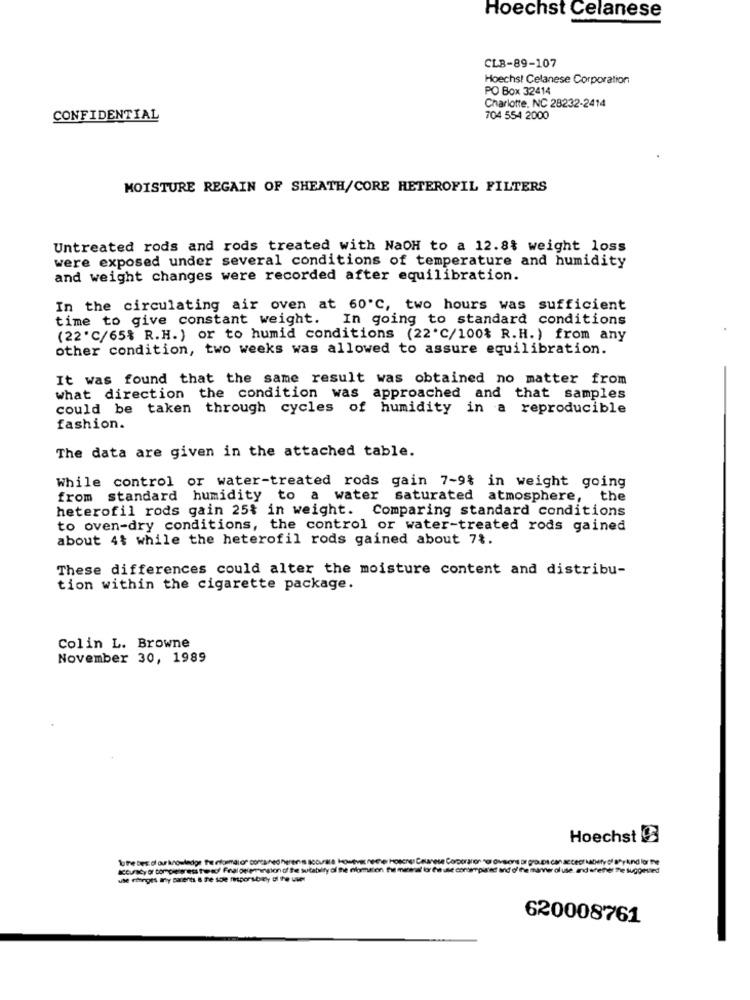
Hoechst Celanese
CLB-89-107
Hoechs! Celanese Corporation
PO Box 32414
Charlotte, NC 28232-2414
CONFIDENTIAL
704 554 2000
MOISTURE REGAIN OF SHEATH/CORE HETEROFIL FILTERS
Untreated rods and rods treated with NaOH to a 12.8% weight loss
were exposed under several conditions of temperature and humidity
and weight changes were recorded after equilibration.
In the circulating air oven at 60'℃, two hours was sufficient
time to give constant weight. In going to standard conditions
(22'℃/65% R.H.) or to humid conditions (22'℃/100% R.H.) from any
other condition, two weeks was allowed to assure equilibration.
It was found that the same result was obtained no matter from
what direction the condition was approached and that samples
could be taken through cycles of humidity in a reproducible
fashion.
The data are given in the attached table.
While control or water-treated rods gain 7-9% in weight going
from standard humidity to a water saturated atmosphere, the
heterofil rods gain 25% in weight. Comparing standard conditions
to oven-dry conditions, the control or water-treated rods gained
about 4$ while the heterofil rods gained about 7%.
These differences could alter the moisture content and distribu-
tion within the cigarette package.
Colin L. Browne
November 30, 1989
Hoechst Ca
accuracy of tompe eres twof Fral overension of the sutablty di the blomston the me
wwwoluse. and whether he suggested
use Thingis any parents & re sole miporubley ol the user
620008761